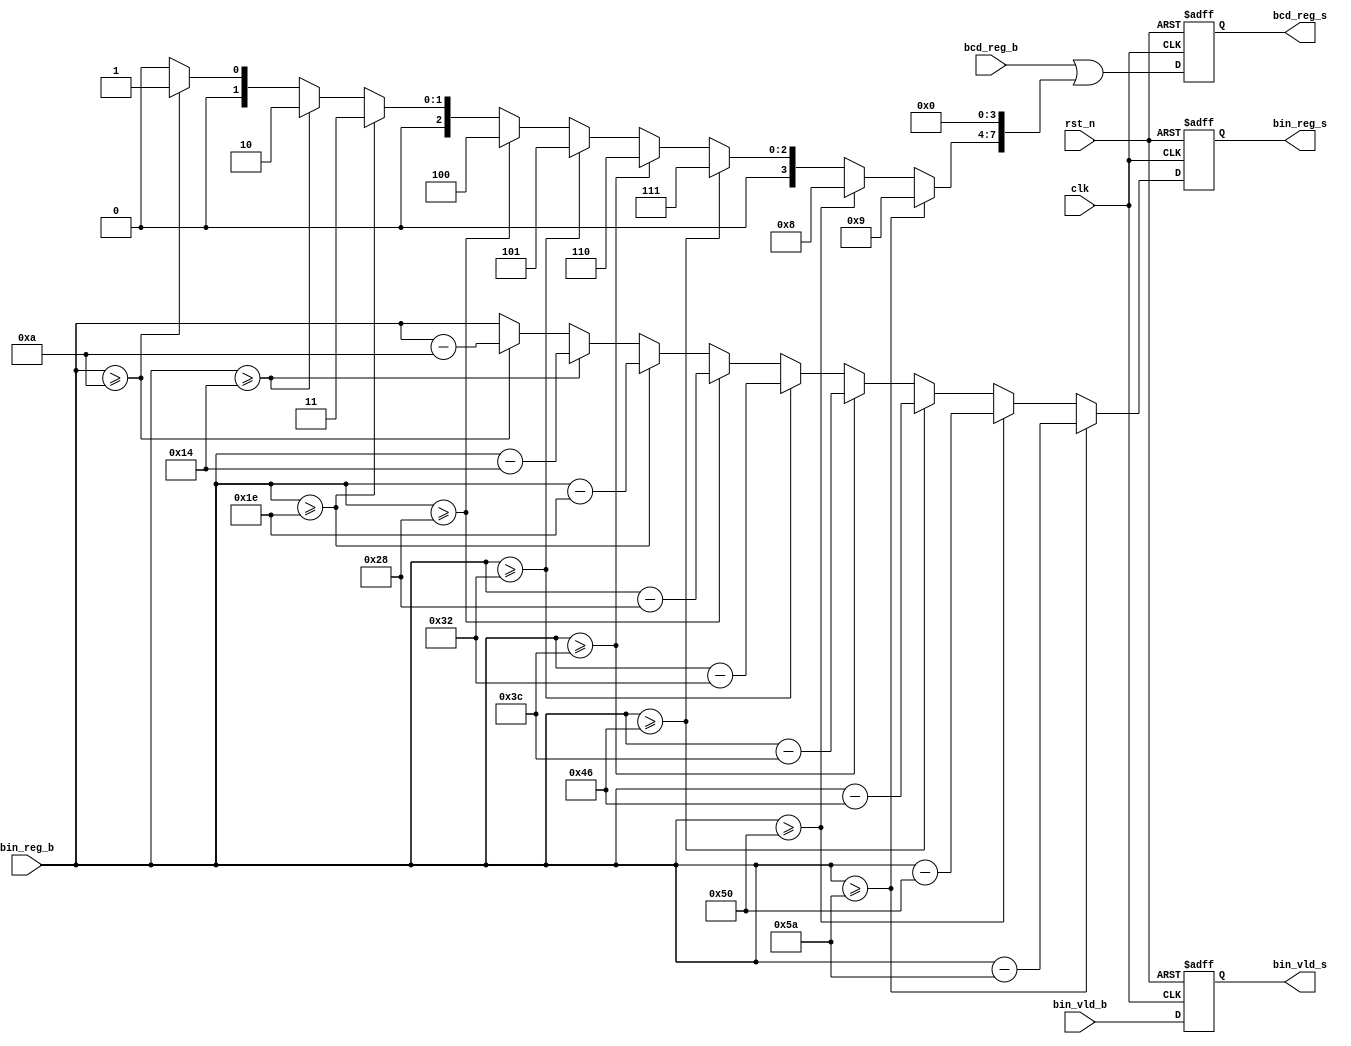
`timescale 1ns / 1ps
//////////////////////////////////////////////////////////////////////////////////
// Company: 
// Engineer: 
// 
// Design Name: 
// Module Name: shi
// Project Name: 
// Target Devices: 
// Tool Versions: 
// Description: 
// 
// Dependencies: 
// 
// Revision:
// Revision 0.01 - File Created
// Additional Comments:
// 
//////////////////////////////////////////////////////////////////////////////////


module shi(
        output reg [16:0] bcd_reg_s,
        output reg [9:0] bin_reg_s,
        output reg bin_vld_s,
        input [16:0] bcd_reg_b,
        input [9:0] bin_reg_b,
        input bin_vld_b,
        input clk,rst_n
    );
    wire [16:0] shi;
    wire [16:0] bcd_shi;
    wire [9:0] bin_shi;
    assign shi=(bin_reg_b>=10'd90)? 17'd9:
                (bin_reg_b>=10'd80)? 17'd8:
                (bin_reg_b>=10'd70)? 17'd7:
                (bin_reg_b>=10'd60)? 17'd6:
                (bin_reg_b>=10'd50)? 17'd5:
                (bin_reg_b>=10'd40)? 17'd4:
                (bin_reg_b>=10'd30)? 17'd3:
                (bin_reg_b>=10'd20)? 17'd2:
                (bin_reg_b>=10'd10)? 17'd1:17'd0;
    assign bin_shi=(bin_reg_b>=10'd90)? bin_reg_b-10'd90:
                (bin_reg_b>=10'd80)? bin_reg_b-10'd80:
                (bin_reg_b>=10'd70)? bin_reg_b-10'd70:
                (bin_reg_b>=10'd60)? bin_reg_b-10'd60:
                (bin_reg_b>=10'd50)? bin_reg_b-10'd50:
                (bin_reg_b>=10'd40)? bin_reg_b-10'd40:
                (bin_reg_b>=10'd30)? bin_reg_b-10'd30:
                (bin_reg_b>=10'd20)? bin_reg_b-10'd20:
                (bin_reg_b>=10'd10)? bin_reg_b-10'd10:bin_reg_b;
    assign bcd_shi=bcd_reg_b | (shi<<4);
    always @(posedge clk or negedge rst_n)
        if (rst_n==1'b0)
        begin
            bcd_reg_s<=17'd0;
            bin_reg_s<=10'd0;
            bin_vld_s<=1'b0;
        end else begin
            bcd_reg_s<=bcd_shi;
            bin_reg_s<=bin_shi;
            bin_vld_s<=bin_vld_b;
        end                              
endmodule